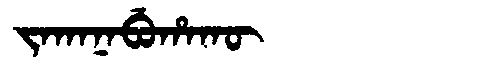
Manchu: ᠵᠠᡴᠠᠨᠠᠪᡠᡥᠠᡴᡡ
Romanization: JAKANABUHAKŪ